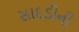
સાદડીની